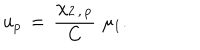
u _ { p } \, = \, { \frac { \chi _ { 2 \, , \, p } } { C } } \, \, \mu _ { 1 } .